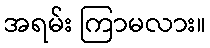
အရမ်း ကြာမလား။